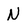
Character: N